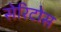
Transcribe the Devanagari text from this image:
सेरिटोस